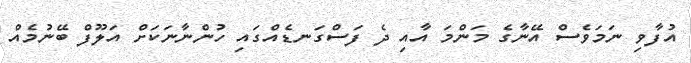
އުފާވި ނަމަވެސް އޭނާގެ މަންމަ އާއި ދެ ފަސްގަނޑެއްގައި ހުންނާނަކަށް އަލޫފް ބޭނުމެއް